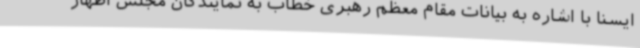
ایسنا با اشاره به بیانات مقام معظم رهبری خطاب به نمایندگان مجلس اظهار